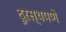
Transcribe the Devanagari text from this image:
दूरस्थपणे